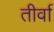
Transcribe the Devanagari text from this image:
तीर्वा